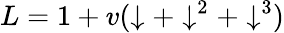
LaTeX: L=1+v(\downarrow+\downarrow^{2}+\downarrow^{3})